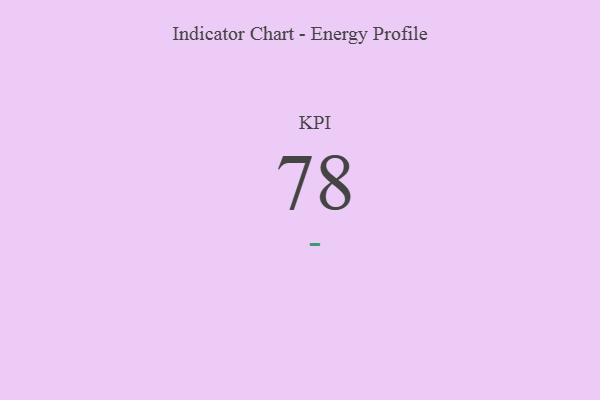
{"axis": {"x": "KPI", "y": "Value"}, "legend": [""], "data": [{"x": "KPI", "y": 78, "type": ""}]}